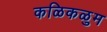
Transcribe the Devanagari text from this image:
कळिकळुम